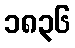
၁၈၃၆